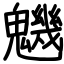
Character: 魕